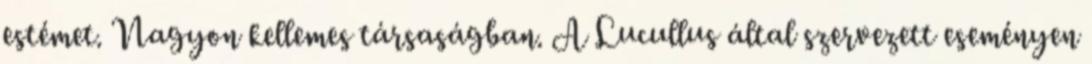
estémet. Nagyon kellemes társaságban. A Lucullus által szervezett eseményen